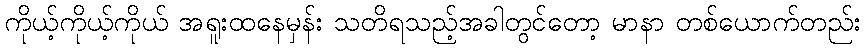
ကိုယ့်ကိုယ့်ကိုယ် အရူးထနေမှန်း သတိရသည့်အခါတွင်တော့ မာနာ တစ်ယောက်တည်း